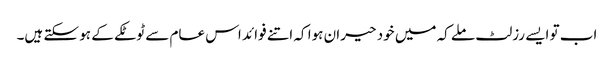
اب تو ایسے رزلٹ ملے کہ میں خود حیران ہوا کہ اتنے فوائد اس عام سے ٹوٹکے کے ہو سکتے ہیں۔